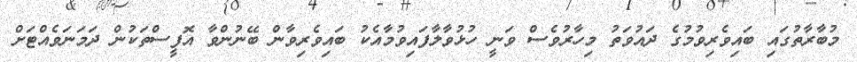
މުބާރާތުގައި ބައިވެރިވުމުގެ ދައުވަތު މިހާރުވެސް ވަނީ ހުޅުވާލާފައިވުމާއެކު ބައިވެރިވާން ބޭނުންވާ އޮފީސްތަކުން ދަމަނަވެއްޓަށް